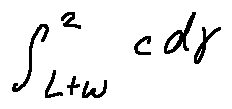
\int \limits _ { L + w } ^ { 2 } c d \gamma